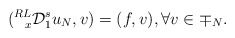
\begin{align*}(\prescript{RL}{x}{\mathcal{D}}_{1}^{s}u_N, { v})=(f,{ v}), \forall { v} \in \mp_N . \end{align*}